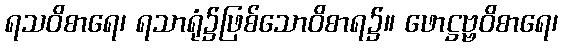
ရသဝိစာရေ၊ ရသာရုံ၌ဖြစ်သောဝိစာရ၌။ ဖောဋ္ဌဗ္ဗဝိစာရေ၊